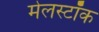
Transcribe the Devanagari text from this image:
मेलस्टॉक